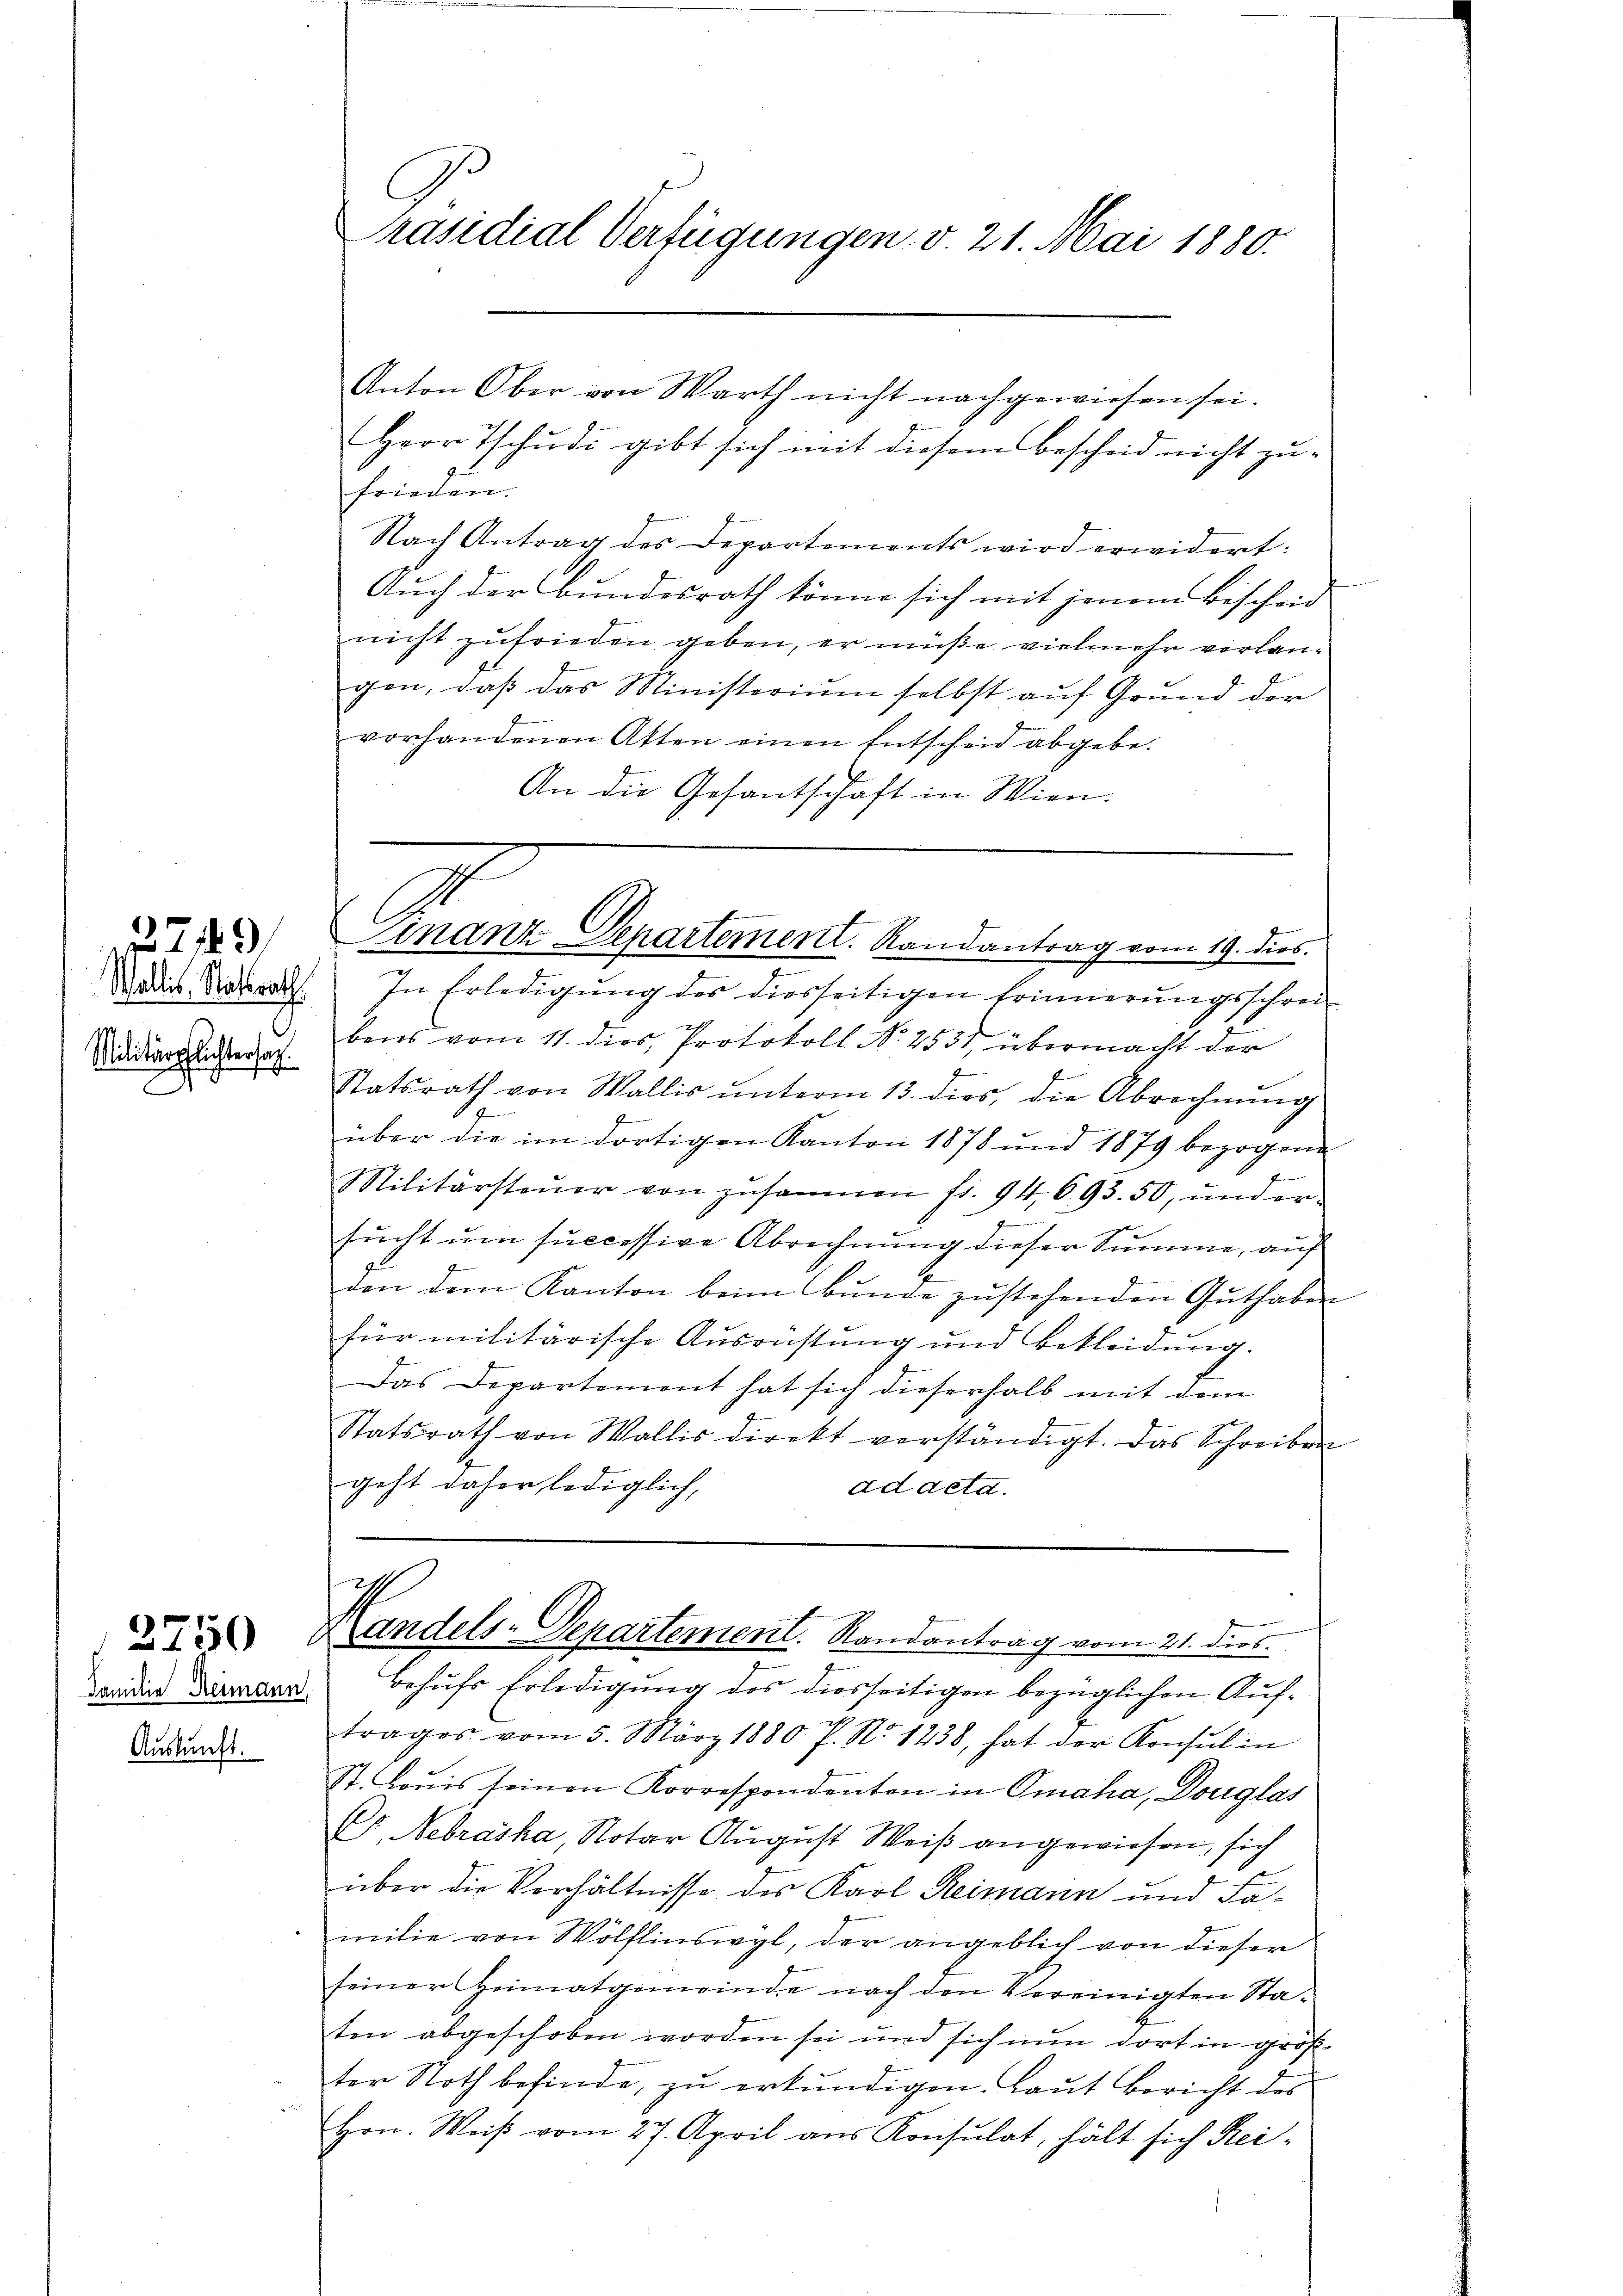
8249

Wallis Statsrath
Militärpflichtersag

Familie Heimann,
Auskunft.

C
Präsidial-Verfügungen v. 21. Mai 1880.

Anton Ober von Warth nicht nachgewiesen sei.
Herr Tschudi gibt sich mit diesem Bescheid nicht zufrieden.
Nach Antrag des Departements wird erwidert:
Auch der Bundesrath könne sich mit jenem Bescheid
nicht zufrieden geben, er müße vielmehr verlangen, daß das Ministerium selbst auf Grund der
vorhandenen Atten einen Entscheid abgebe.
An die Gesantschaft in Wien.
7
In Erledigung des diesseitigen Erinnerungsschrei
bens vom 11. dies, Protokoll No 2531, übermacht der
Statsrath von Wallis ŭnterm 13. dies, die Abrechnŭng
über die im dortigen Kanton 1878 und 1879 bezogene
Militärsteŭer von zusammen fr. 94. 693. 50, und er-
sucht um successive Abrechnung dieser Summe, auf
don dem Kanton beim Bunde zustehenden Guthaben
für militärische Ausrüstung und Bekleidŭng.
Das Departement hat sich dieserhalb mit dem
Statsrath von Wallis direkt verständigt. Das Schreiben
geht daher lediglich,
addetd.
 Handels-Departement. Randantrag vom 21. dies
behufs Erledigung des diesseitigen bezüglichen Auftrages vom 5. März 1880 P. Nr. 1238, hat der Konsul in
St. Loŭis seinen Korrespondenten in Omaha, Douglas
C. Nebraska, Notar August Weiß angewiesen, sich
über die Verhältnisse des Karl Reimann und Familie von Wölflinswyl, der angeblich von dieser
seiner Heimatgemeinde nach den Vereinigten Staten abgeschoben worden sei und sich nun dort in größ
ter Noth befinde, zu erkundigen. Laut Bericht des
Hrn. Weiβ vom 27. April aus Konsulat, hält sich Rei-

Finanz-Departement. Randantrag vom 19. dies